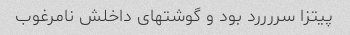
پیتزا سررررد بود و گوشتهای داخلش نامرغوب